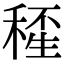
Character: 𥠍